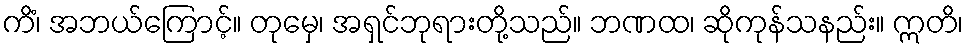
ကိံ၊ အဘယ်ကြောင့်။ တုမှေ၊ အရှင်ဘုရားတို့သည်။ ဘဏထ၊ ဆိုကုန်သနည်း။ ဣတိ၊